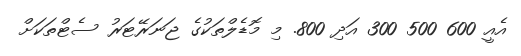
އެއީ 600 500 300 އަދި 800. މި މޮޑެލްތަކުގެ ޖަނަރޭޓަރު ސެޓްތަކަށް